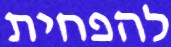
להפחית